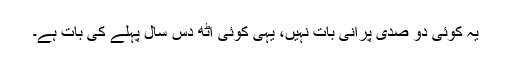
یہ کوئی دو صدی پرانی بات نہیں، یہی کوئی آٹھ دس سال پہلے کی بات ہے۔